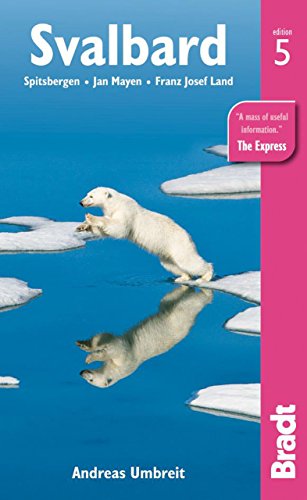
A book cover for Svalbard: Spitzbergen, Jan Mayen, Frank Josef Land (Bradt Travel Guides); Andreas Dr Umbreit; Travel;